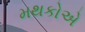
મથકોએ